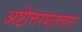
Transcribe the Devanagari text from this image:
अष्टोत्तरशतताल